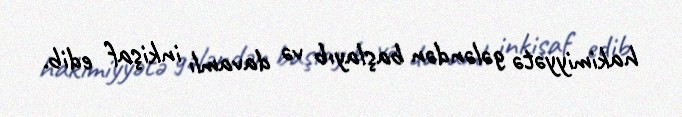
hakimiyyətə gələndən başlayıb və davamlı inkişaf edib.